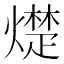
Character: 𪹵